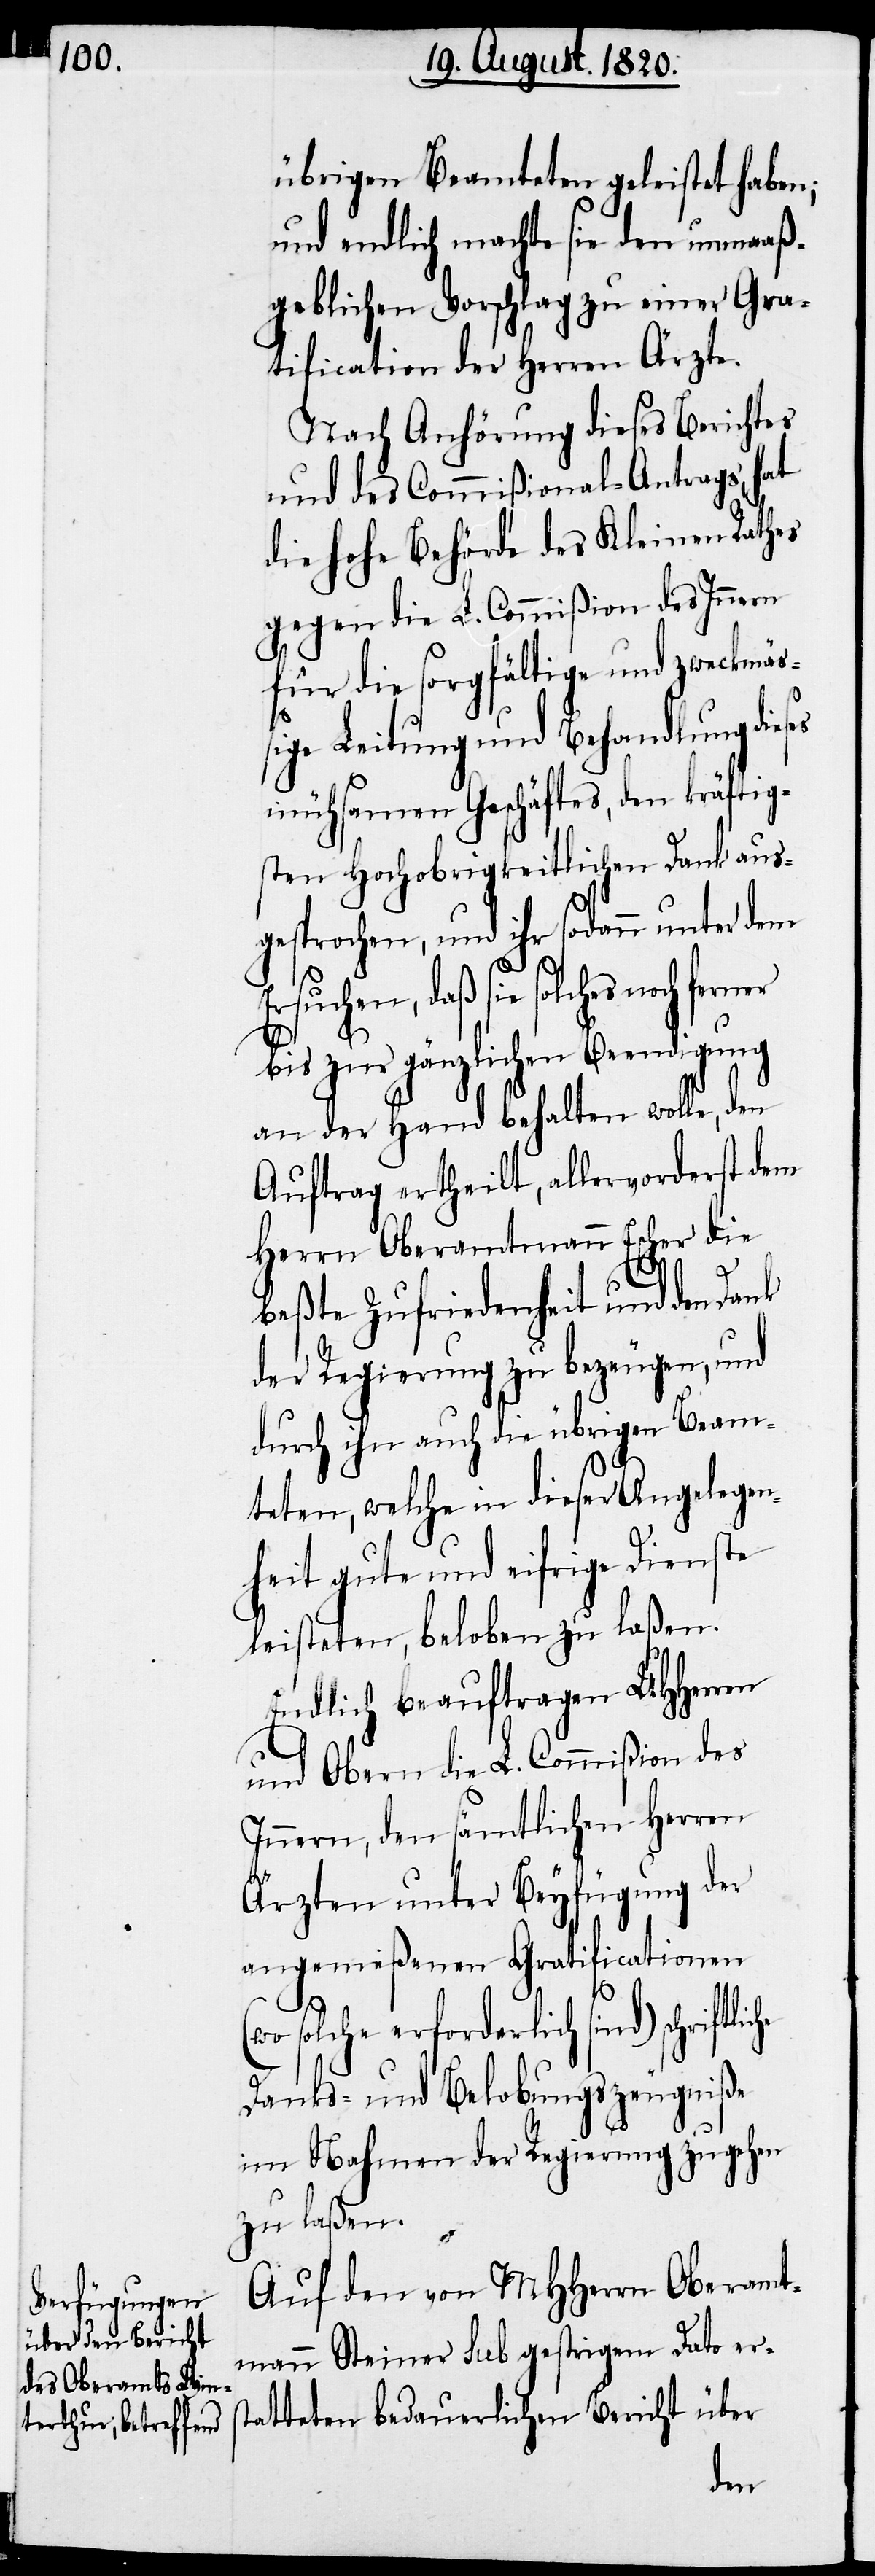
übrigen Beamteten geleistet haben;
und endlich machte sie den unmaaß¬
geblichen Vorschlag zu einer Gra¬
tification der Herren Ärzte.
Nach Anhörung dieses Berichtes
und des Commißional-Antrags, hat
die hohe Behörde des Kleinen Rathes
gegen die L. Commißion des Innern
für die sorgfältige und zweckmäß¬
ige Leitung und Behandlung die¬
mühsamen Geschäftes, den kräftig¬
sten Hochobrigkeitlichen Dank aus¬
gesprochen, und ihr sodann unter dem
Ersuchen, daß sie solches noch
bis zur gänzlichen Beendigung
an der Hand behalten wolle, den
Auftrag ertheilt, allervorderst dem
Herrn Oberamtmann Escher die
che
beßte Zufriedenheit und den Dank
der Regierung zu bezeugen, und
durch ihn auch die übrigen Beam¬
teten, welche in dieser Angelgen¬
ehit gute und eifrige Dienste
leistete, beloben zu laßen.
Endlich beauftragen UHHerren
und Obern die L. Commißion des
Innern, den sämtlichen Herren
Ärzten unter Beyfügung der
angemeßenen Gratificationen
(w¬
o solche erforderlich sind) schriftli¬
Danks- und Belobungszeugniße
im Nahmen der Regierung zugehen
zu laßen.
Auf den von MHHerrn Oberamt¬
mann Steiner sub gestrigem Dato ers¬
tatteten bedauerlichen Bericht über